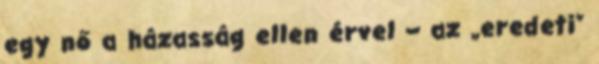
egy nő a házasság ellen érvel – az „eredeti”